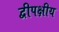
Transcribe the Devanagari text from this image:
द्वीपक्षीय